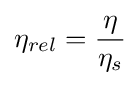
\eta _{rel}={\frac {\eta }{\eta _{s}}}